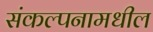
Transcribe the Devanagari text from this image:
संकल्पनामधील